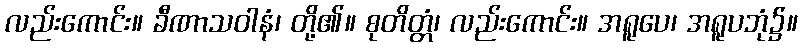
လည်းကောင်း။ ခီဏာသဝါနံ၊ တို့၏။ စုတိတ္တံ၊ လည်းကောင်း။ အရူပေ၊ အရူပဘုံ၌။